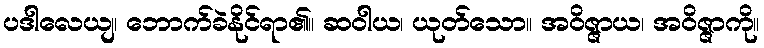
ပဒါလေယျ၊ ဘောက်ခဲနိုင်ရာ၏။ ဆဝါယ၊ ယုတ်သော။ အဝိဇ္ဇာယ၊ အဝိဇ္ဇာကို။